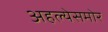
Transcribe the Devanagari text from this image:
अहल्येसमोर